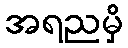
အရညမှိ